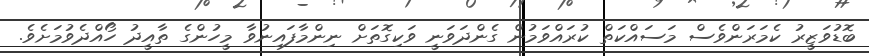
ބޮޑުވަޒީރު ކެމަރަންވެސް މަސައްކަތް ކުރައްވަމުން ގެންދަވަނީ ވަކިގޮތަށް ނިންމާފައިނުވާ މީހުންގެ ތާއީދު ހޯއްދެވުމަށެވެ.